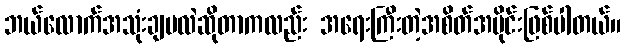
ဘယ်လောက်အသုံးချမလဲဆိုတာကလည်း အရေးကြီးတဲ့အစိတ်အပိုင်းဖြစ်ပါတယ်။